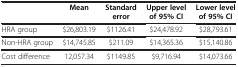
<table><thead><tr><td>[EMPTY_CELL]</td><td><b>Mean</b></td><td><b>Standard error</b></td><td><b>Upper level of 95% CI</b></td><td><b>Lower level of 95% CI</b></td></tr></thead><tbody><tr><td>HRA group</td><td>$26,803.19</td><td>$1126.41</td><td>$24,478.92</td><td>$28,793.61</td></tr><tr><td>Non-HRA group</td><td>$14,745.85</td><td>$211.09</td><td>$14,365.36</td><td>$15,140.86</td></tr><tr><td>Cost difference</td><td>12,057.34</td><td>$1149.85</td><td>$9,716.94</td><td>$14,073.66</td></tr></tbody></table>